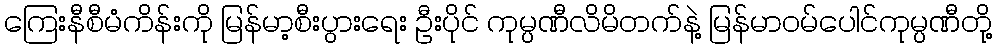
ကြေးနီစီမံကိန်းကို မြန်မာ့စီးပွားရေး ဦးပိုင် ကုမ္ပဏီလိမိတက်နဲ့ မြန်မာဝမ်ပေါင်ကုမ္ပဏီတို့